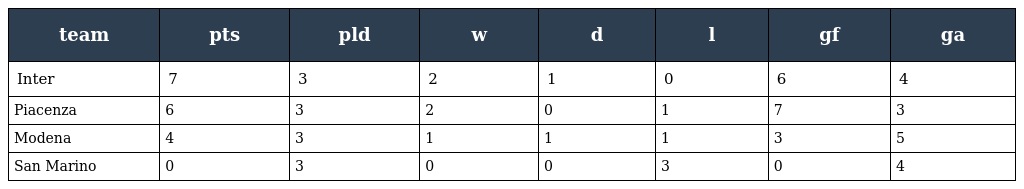
| team | pts | pld | w | d | l | gf | ga |
 | --- | --- | --- | --- | --- | --- | --- | --- |
 | Inter | 7 | 3 | 2 | 1 | 0 | 6 | 4 |
 | Piacenza | 6 | 3 | 2 | 0 | 1 | 7 | 3 |
 | Modena | 4 | 3 | 1 | 1 | 1 | 3 | 5 |
 | San Marino | 0 | 3 | 0 | 0 | 3 | 0 | 4 |